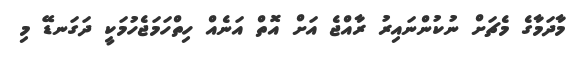
މާދަމާގެ މެޗަށް ނުކުންނައިރު ރާއްޖެ އަށް އޮތް އަނެއް ހިތްހަމަޖެހުމަކީ ދަގަނޑޭ މި